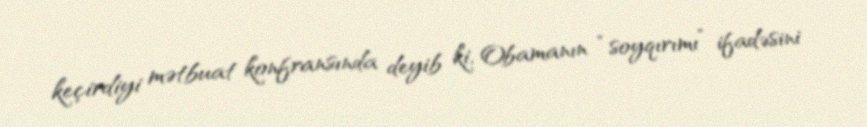
keçirdiyi mətbuat konfransında deyib ki, Obamanın “soyqırımı” ifadəsini